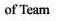
of Team